Civil Veterinary Dept. Bombay admin report 1893-99 - 1893-1899
Year: 1893
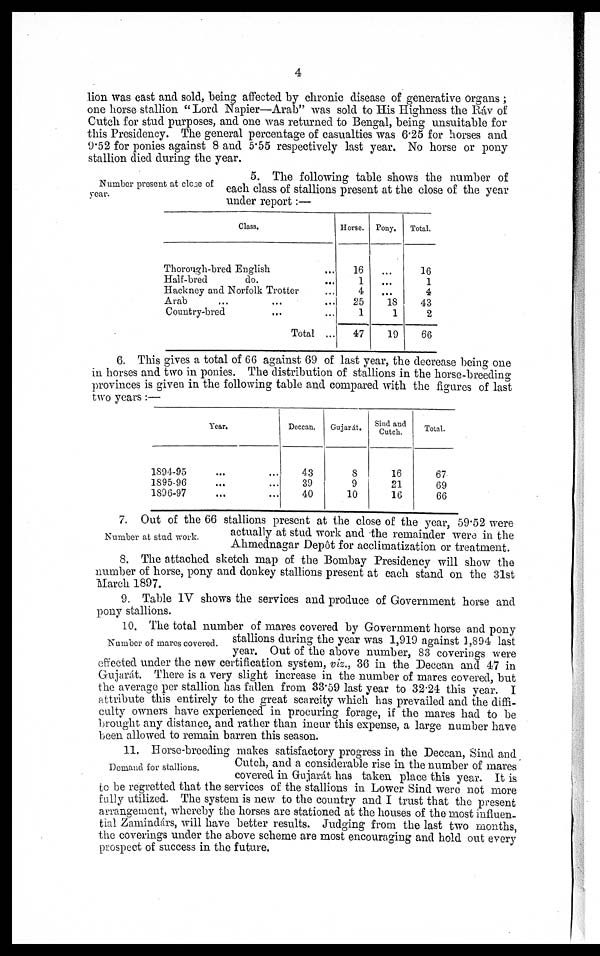
4
lion was cast and sold, being affected by chronic disease of generative organs;
one horse stallion "Lord Napier—Arab" was sold to His Highness the Ráv of
Cutch for stud purposes, and one was returned to Bengal, being unsuitable for
this Presidency. The general percentage of casualties was 6.25 for horses and
9.52 for ponies against 8 and 5.55 respectively last year. No horse or pony
stallion died during the year.
Number present at close of
year.
5. The following table shows the number of
each class of stallions present at the close of the year
under report:—
Class.
Thorough-bred English ...
Half-bred
do. ...
Hackney and Norfolk Trotter ...
Arab ... ... ...
Country-bred
... ...
Total ...
Horse.
16
1
4
25
1
47
Pony.
...
...
...
18
1
19
Total.
16
1
4
43
2
66
6. This gives a total of 66 against 69 of last year, the decrease being one
in horses and two in ponies. The distribution of stallions in the horse-breeding
provinces is given in the following table and compared with the figures of last
two years:—
Year.
1894-95 ... ...
1895-96 ... ...
1896-97 ... ...
Deccan.
43
39
40
Gujarat.
8
9
10
Sind and
Cutch.
16
21
16
Total.
67
69
66
Number at stud work.
7. Out of the 66 stallions present at the close of the year, 59.52 were
actually at stud work and the remainder were in the
Ahmednagar Depôt for acclimatization or treatment.
8. The attached sketch map of the Bombay Presidency will show the
number of horse, pony and donkey stallions present at each stand on the 31st
March 1897.
9. Table IV shows the services and produce of Government horse and
pony stallions.
Number of mares covered.
10. The total number of mares covered by Government horse and pony
stallions during the year was 1,919 against 1,894 last
year. Out of the above number, 83 coverings were
effected under the new certification system, viz., 36 in the Deccan and 47 in
Gujarát. There is a very slight increase in the number of mares covered, but
the average per stallion has fallen from 33.59 last year to 32.24 this year. I
attribute this entirely to the great scarcity which has prevailed and the diffi-
culty owners have experienced in procuring forage, if the mares had to be
brought any distance, and rather than incur this expense, a large number have
been allowed to remain barren this season.
Demand for stallions.
11. Horse-breeding makes satisfactory progress in the Deccan, Sind and
Cutch, and a considerable rise in the number of mares
covered in Gujarát has taken place this year. It is
to be regretted that the services of the stallions in Lower Sind were not more
fully utilized. The system is new to the country and I trust that the present
arrangement, whereby the horses are stationed at the houses of the most influen-
tial Zamindárs, will have better results. Judging from the last two months,
the coverings under the above scheme are most encouraging and hold out every
prospect of success in the future.